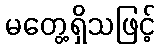
မတွေ့ရှိသဖြင့်